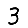
Digit: 3